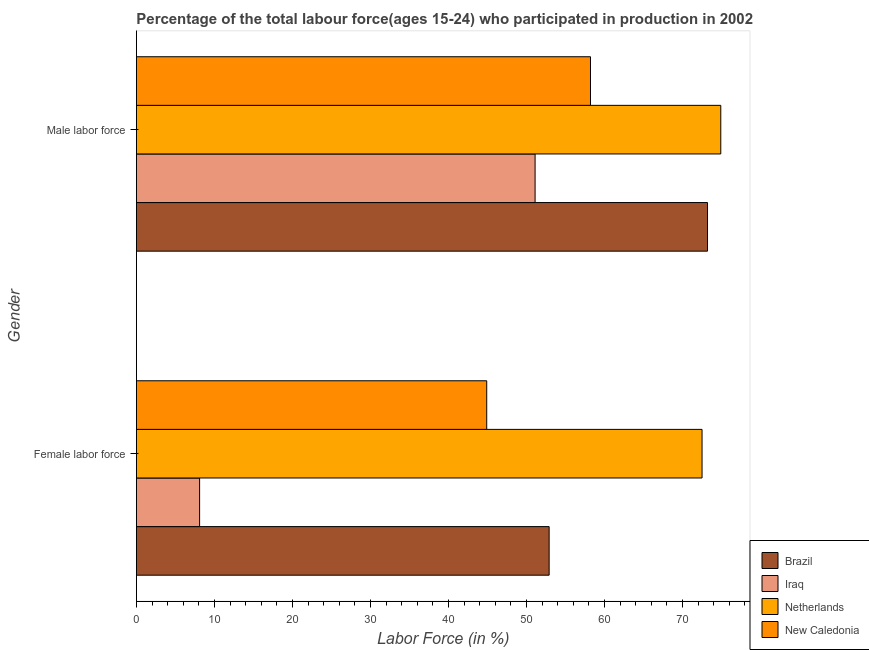
| Gender | Brazil | Iraq | Netherlands | New Caledonia |
 | --- | --- | --- | --- | --- |
 | Female labor force | 52.9 | 8.1 | 72.5 | 44.9 |
 | Male labor force | 73.2 | 51.1 | 74.9 | 58.2 |